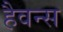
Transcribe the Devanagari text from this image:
हैवन्स